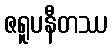
ဇရူပနီတဿ